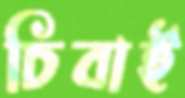
চিবাই